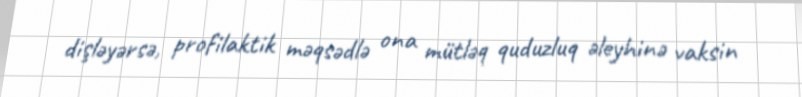
dişləyərsə, profilaktik məqsədlə ona mütləq quduzluq əleyhinə vaksin